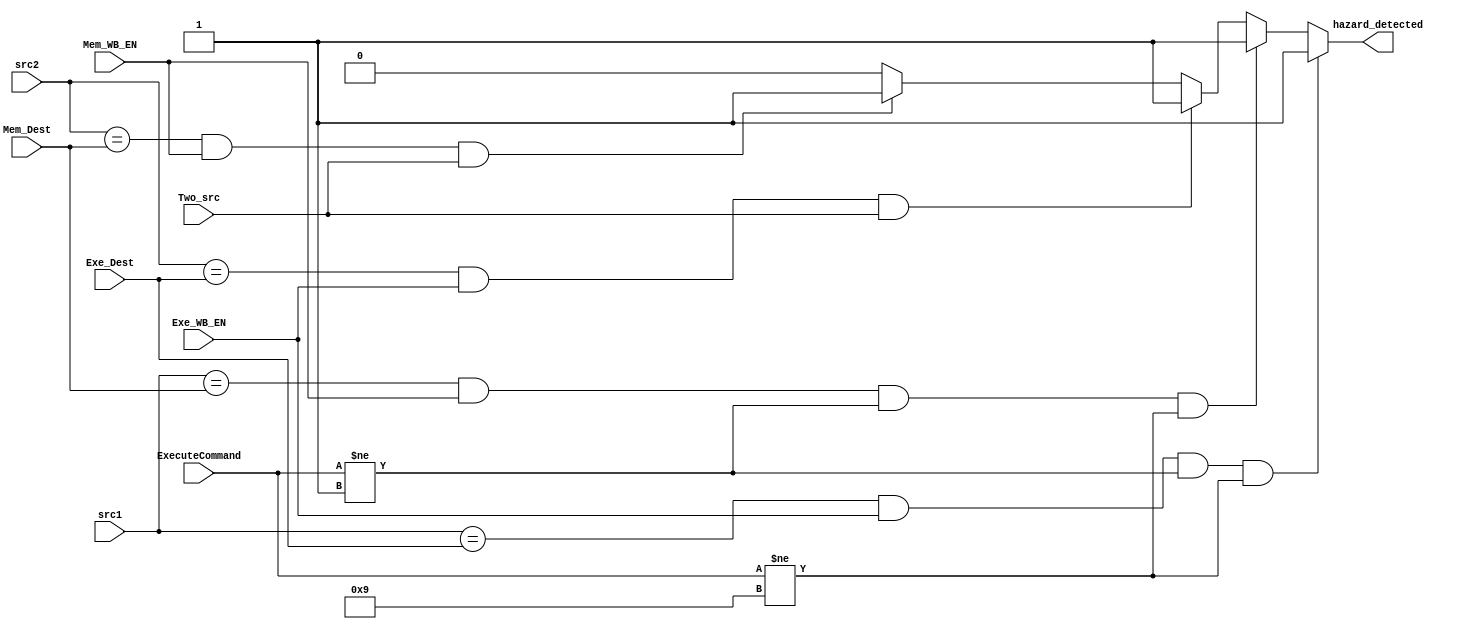
module hazard_Detection_Unit
(
input [3:0]src1,
input [3:0]src2,
input [3:0]Exe_Dest,
input Exe_WB_EN,
input [3:0] Mem_Dest,
input Mem_WB_EN,
input Two_src,
input [3:0]ExecuteCommand, // ExecuteCommand[Id stage] in order to check weather a source of a command is important or not.
output reg hazard_detected
);

parameter[3:0]  MOV = 4'b0001, MVN = 4'b1001; // MOV and MVN execution code

always@(*)
begin
	if(src1 == Exe_Dest && Exe_WB_EN==1'b1 && ExecuteCommand != MOV && ExecuteCommand != MVN)
		hazard_detected = 1'b1;
	else if(src1 == Mem_Dest && Mem_WB_EN==1'b1 && ExecuteCommand != MOV && ExecuteCommand != MVN)
		hazard_detected = 1'b1;
	else if(src2 == Exe_Dest && Exe_WB_EN==1'b1 && Two_src==1'b1)
		hazard_detected = 1'b1;
	else if(src2 == Mem_Dest && Mem_WB_EN==1'b1 && Two_src==1'b1)
		hazard_detected = 1'b1;
	else
		hazard_detected = 1'b0;
end


endmodule